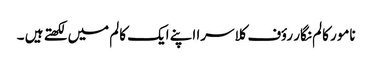
نامور کالم نگار رؤف کلاسرا اپنے ایک کالم میں لکھتے ہیں ۔